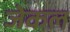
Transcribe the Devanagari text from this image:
जेकल